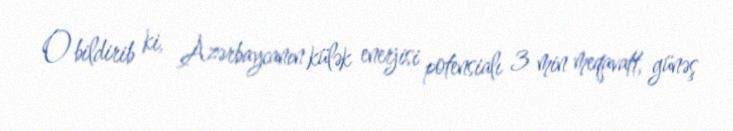
O bildirib ki, Azərbaycanın külək enerjisi potensialı 3 min meqavatt, günəş